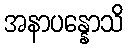
အနာပန္နောသိ